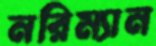
নরিম্যান